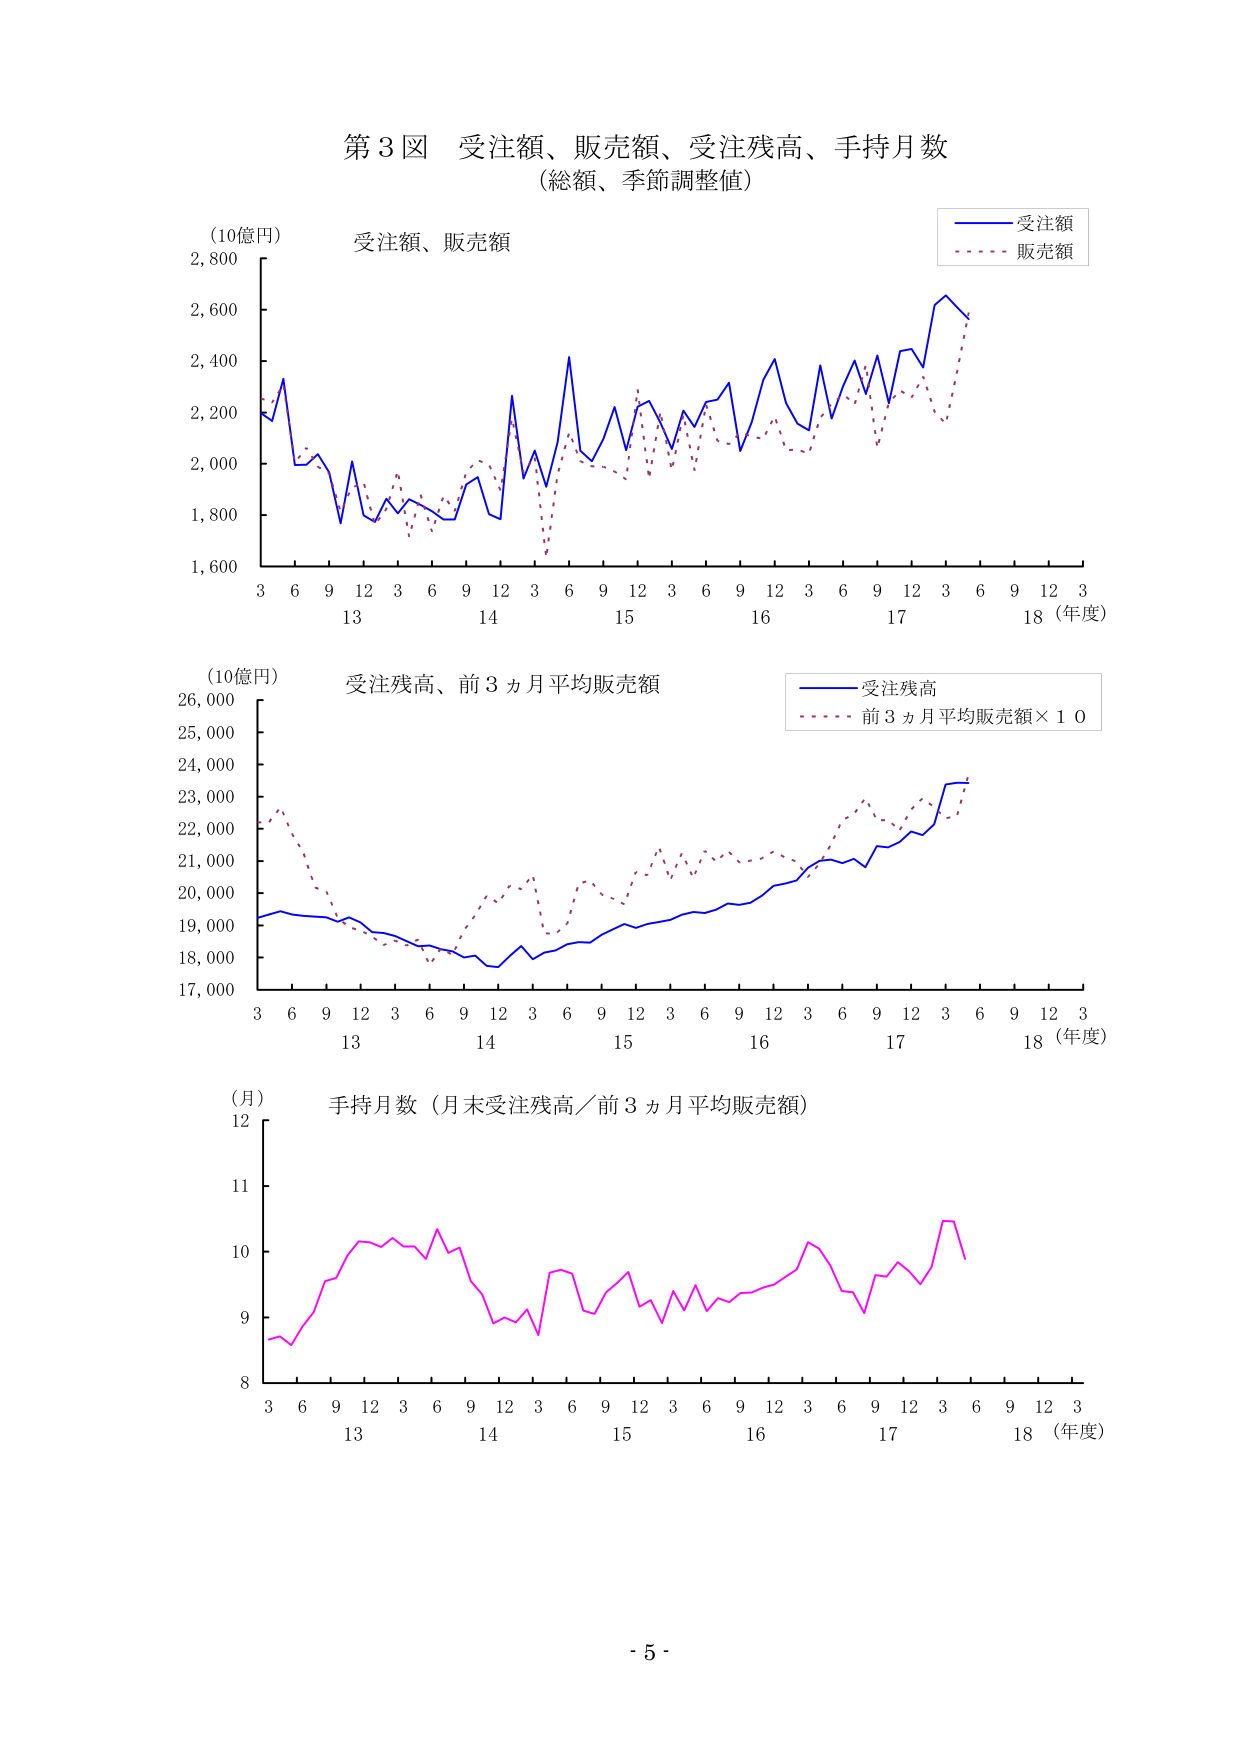
第３図 受注額、販売額、受注残高、手持月数
（総額、季節調整値）

（10億円） 受注額、販売額
受注額
販売額

（10億円） 受注残高、前３ヵ月平均販売額
受注残高
前３ヵ月平均販売額×１０

（月） 手持月数（月末受注残高／前３ヵ月平均販売額）

- 5 -